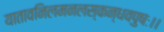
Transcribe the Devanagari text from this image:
यातावनिलमनलस्कन्धवपुषः।।